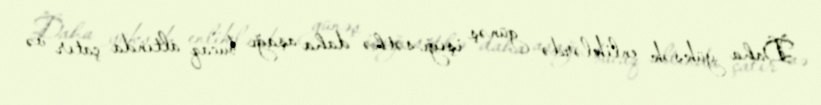
Daha yüksək enliklərdə günəş işığı səthə daha aşağı bucaq altında çatır və